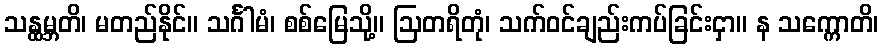
သန္ထမ္ဘတိ၊ မတည်နိုင်။ သင်္ဂါမံ၊ စစ်မြေသို့။ ဩတရိတုံ၊ သက်ဝင်ချည်းကပ်ခြင်းငှာ။ န သက္ကောတိ၊